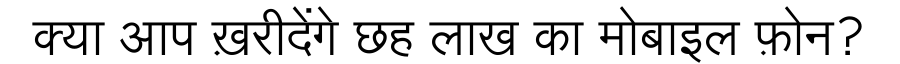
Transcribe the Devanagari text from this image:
क्या आप ख़रीदेंगे छह लाख का मोबाइल फ़ोन?